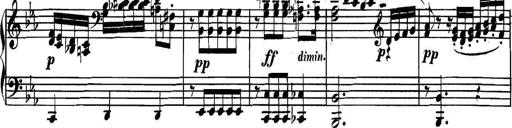
Title: Collected Piano Sonatas
Composer: Muzio Clementi